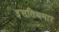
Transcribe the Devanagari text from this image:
इसतिथमार